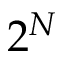
2 ^ { N }